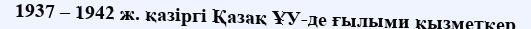
1937 – 1942 ж. қазіргі Қазақ ҰУ-де ғылыми қызметкер